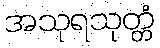
အသုရသုတ္တံ